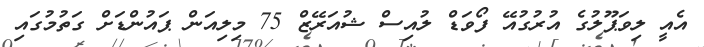
އެއީ ލިވަޕޫލުގެ އުރުގުއޭ ފޯވަޑް ލުއިސް ޝުއަރޭޒް 75 މިލިއަން ޕައުންޑަށް ގަތުމުގައި